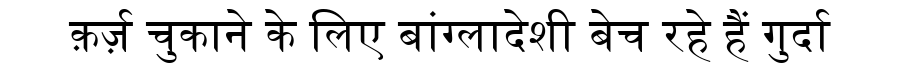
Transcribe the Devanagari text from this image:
क़र्ज़ चुकाने के लिए बांग्लादेशी बेच रहे हैं गुर्दा